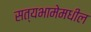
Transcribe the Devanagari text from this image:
सत्यभामेमधील